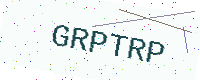
Text: GRPTRP